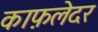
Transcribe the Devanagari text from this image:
काफ़लेदर